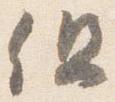
但